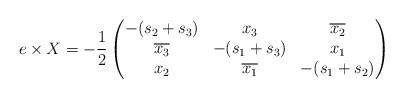
LaTeX: \begin{align*}e\times X & = -\frac 12 \begin{pmatrix}-(s_2+s_3) & x_3 & \overline {x_2} \\\overline {x_3} & -(s_1+s_3) & x_1 \\x_2 & \overline {x_1} & -(s_1+s_2) \end{pmatrix}\end{align*}